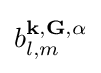
b_{l,m}^{\mathbf {k} ,\mathbf {G} ,\alpha }